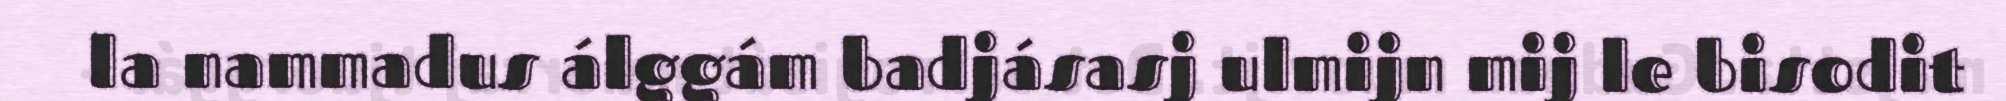
la nammadus álggám badjásasj ulmijn mij le bisodit